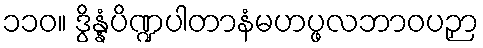
၁၁၀။ ဒွိန္နံပိဏ္ဍပါတာနံမဟပ္ဖလဘာဝပဉှာ